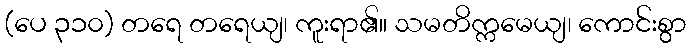
(ပေ ၃၁၀) တရေ တရေယျ၊ ကူးရာ၏။ သမတိက္ကမေယျ၊ ကောင်းစွာ